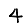
Digit: 4